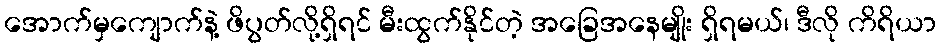
အောက်မှကျောက်နဲ့ ဖိပွတ်လို့ရှိရင် မီးထွက်နိုင်တဲ့ အခြေအနေမျိုး ရှိရမယ်၊ ဒီလို ကိရိယာ